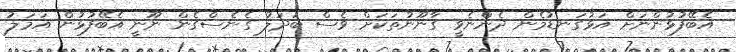
އެބޭފުޅުންނަށް އަޅުގަނޑުމެން ދެންނެވީ ގާނޫނުތަކަށް ވެސް ބަދަލު ގެނެސްގެން ނޫނީ އެބޭފުޅުން އަމަލު